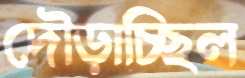
দৌড়াচ্ছিল